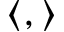
\langle , \rangle